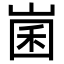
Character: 𡹤